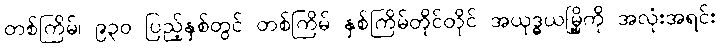
တစ်ကြိမ်၊ ၉၃၀ ပြည့်နှစ်တွင် တစ်ကြိမ် နှစ်ကြိမ်တိုင်တိုင် အယုဒ္ဓယမြို့ကို အလုံးအရင်း